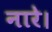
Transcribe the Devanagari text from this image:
नारे।